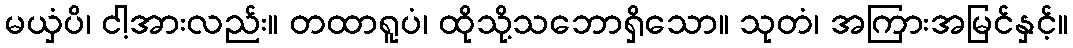
မယှံပိ၊ ငါ့အားလည်း။ တထာရူပံ၊ ထိုသို့သဘောရှိသော။ သုတံ၊ အကြားအမြင်နှင့်။